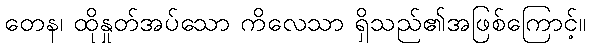
တေန၊ ထိုနှုတ်အပ်သော ကိလေသာ ရှိသည်၏အဖြစ်ကြောင့်။